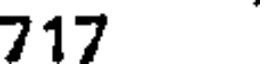
717